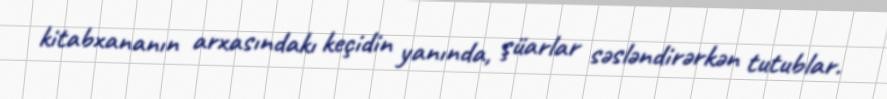
kitabxananın arxasındakı keçidin yanında, şüarlar səsləndirərkən tutublar.